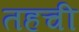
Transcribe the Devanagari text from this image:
तहची